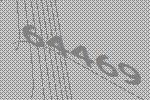
64469